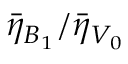
{ \bar { \eta } _ { B _ { 1 } } } / { \bar { \eta } _ { V _ { 0 } } }